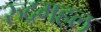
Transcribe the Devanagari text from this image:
रुद्रमहल